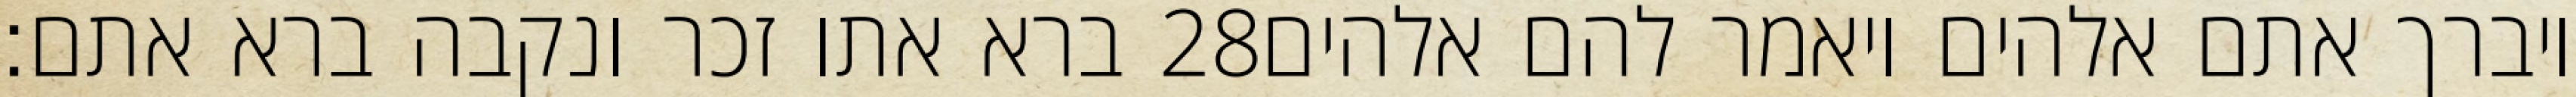
ברא אתו זכר ונקבה ברא אתם׃ ‎28‏ ויברך אתם אלהים ויאמר להם אלהים